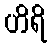
ဟိရိ